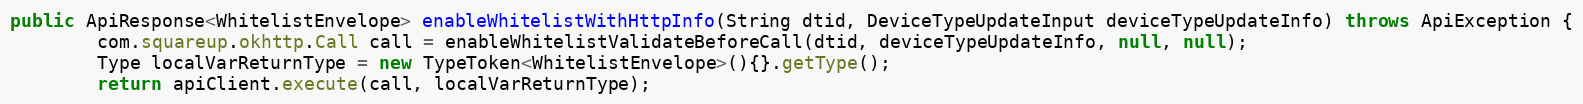
Language: Java
public ApiResponse<WhitelistEnvelope> enableWhitelistWithHttpInfo(String dtid, DeviceTypeUpdateInput deviceTypeUpdateInfo) throws ApiException {
        com.squareup.okhttp.Call call = enableWhitelistValidateBeforeCall(dtid, deviceTypeUpdateInfo, null, null);
        Type localVarReturnType = new TypeToken<WhitelistEnvelope>(){}.getType();
        return apiClient.execute(call, localVarReturnType);